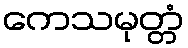
ကေသမုတ္တံ